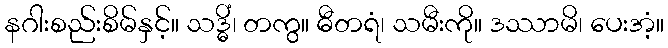
နဂါးစည်းစိမ်နှင့်။ သဒ္ဓိံ၊ တကွ။ ဓီတရံ၊ သမီးကို။ ဒဿာမိ၊ ပေးအံ့။